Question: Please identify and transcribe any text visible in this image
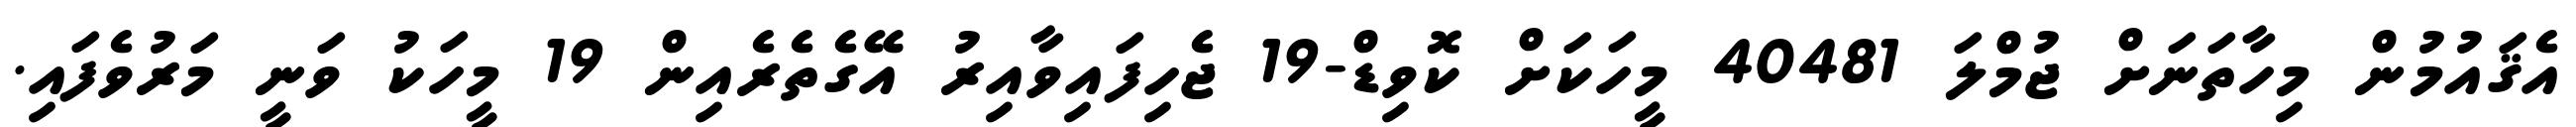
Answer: އެޤައުމުން މިހާތަނަށް ޖުމްލަ 40481 މީހަކަށް ކޮވިޑް-19 ޖެހިފައިވާއިރު އޭގެތެރެއިން 19 މީހަކު ވަނީ މަރުވެފައި.